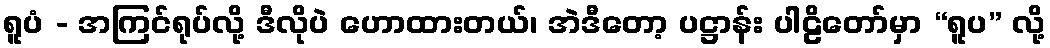
ရူပံ - အကြင်ရုပ်လို့ ဒီလိုပဲ ဟောထားတယ်၊ အဲဒီတော့ ပဋ္ဌာန်း ပါဠိတော်မှာ “ရူပ” လို့